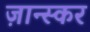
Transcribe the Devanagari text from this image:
ज़ान्स्कर